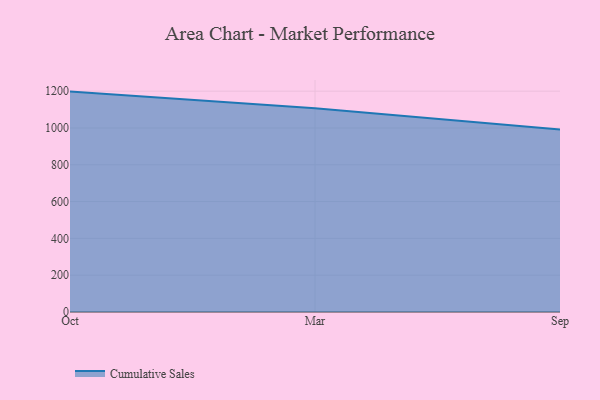
{"axis": {"x": "Month", "y": "Temperature (°C)"}, "legend": ["Cumulative Sales"], "data": [{"x": "Oct", "y": 1197.7, "type": "Cumulative Sales"}, {"x": "Mar", "y": 1107.8, "type": "Cumulative Sales"}, {"x": "Sep", "y": 991.4, "type": "Cumulative Sales"}]}